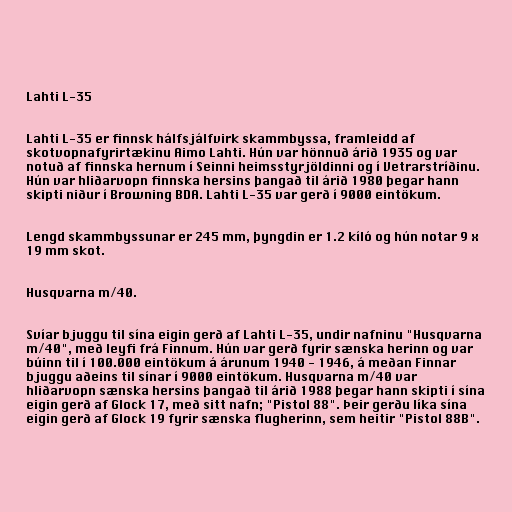
Lahti L-35

Lahti L-35 er finnsk hálfsjálfvirk skammbyssa, framleidd af
skotvopnafyrirtækinu Aimo Lahti. Hún var hönnuð árið 1935 og var
notuð af finnska hernum í Seinni heimsstyrjöldinni og í Vetrarstríðinu.
Hún var hliðarvopn finnska hersins þangað til árið 1980 þegar hann
skipti niður í Browning BDA. Lahti L-35 var gerð í 9000 eintökum.

Lengd skammbyssunar er 245 mm, þyngdin er 1.2 kíló og hún notar 9 x
19 mm skot.

Husqvarna m/40.

Svíar bjuggu til sína eigin gerð af Lahti L-35, undir nafninu "Husqvarna
m/40", með leyfi frá Finnum. Hún var gerð fyrir sænska herinn og var
búinn til í 100.000 eintökum á árunum 1940 - 1946, á meðan Finnar
bjuggu aðeins til sínar í 9000 eintökum. Husqvarna m/40 var
hliðarvopn sænska hersins þangað til árið 1988 þegar hann skipti í sína
eigin gerð af Glock 17, með sitt nafn; "Pistol 88". Þeir gerðu líka sína
eigin gerð af Glock 19 fyrir sænska flugherinn, sem heitir "Pistol 88B".